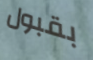
بقبول